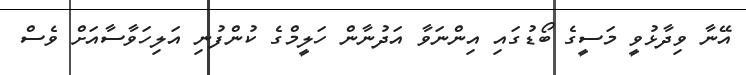
އޭނާ ވިދާޅުވީ މަސީގެ ބޯޑުގައި އިންނަވާ އަދުނާން ހަލީމްގެ ކުންފުނި އަލިހަވާސާއަށް ވެސް